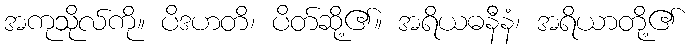
အကုသိုလ်ကို။ ပိဒဟတိ၊ ပိတ်ဆို့၏။ အရိယဓနီနံ၊ အရိယာတို့၏